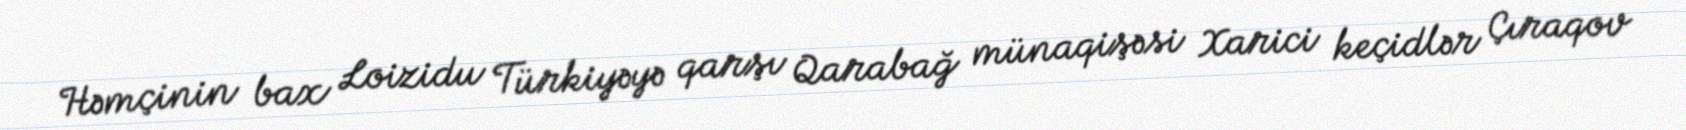
Həmçinin bax Loizidu Türkiyəyə qarşı Qarabağ münaqişəsi Xarici keçidlər Çıraqov